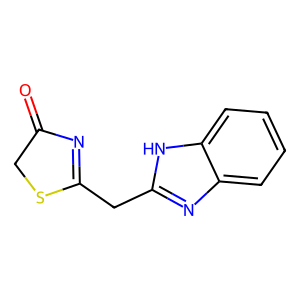
SMILES: O=C1CSC(Cc2nc3ccccc3[nH]2)=N1
Inhibits HIV replication: No